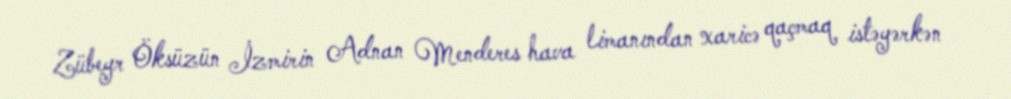
Zübeyr Öksüzün İzmirin Adnan Menderes hava limanından xaricə qaçmaq istəyərkən